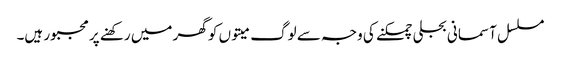
مسلسل آسمانی بجلی چمکنے کی وجہ سے لوگ میتوں کو گھر میں رکھنے پر مجبور ہیں۔